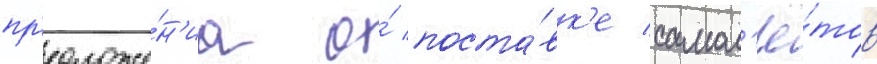
пр'едложе́н'иа о́ поста́вк'е самол'ё́тов